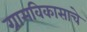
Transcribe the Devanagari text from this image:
ग्रामविकासाचे